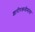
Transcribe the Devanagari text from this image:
शारीरकमीमांसा